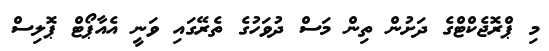
މި ޕްރޮޖެކްޓްގެ ދަށުން ތިން މަސް ދުވަހުގެ ތެރޭގައި ވަނީ އެއާޕޯޓް ޕޮލިސް